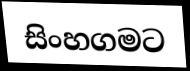
සිංහගමට